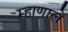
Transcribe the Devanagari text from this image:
म्हाणाले